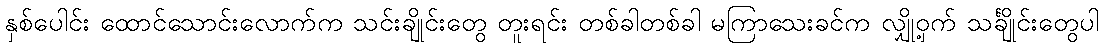
နှစ်ပေါင်း ထောင်သောင်းလောက်က သင်းချိုင်းတွေ တူးရင်း တစ်ခါတစ်ခါ မကြာသေးခင်က လျှို့ဝှက် သင်္ချိုင်းတွေပါ